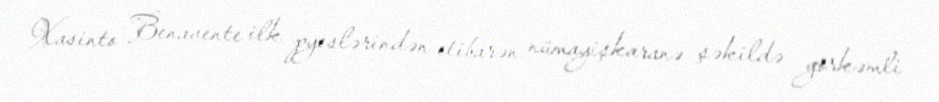
Xasinto Benavente ilk pyeslərindən etibarən nümayişkaranə şəkildə görkəmli